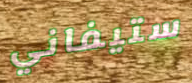
ستيفاني